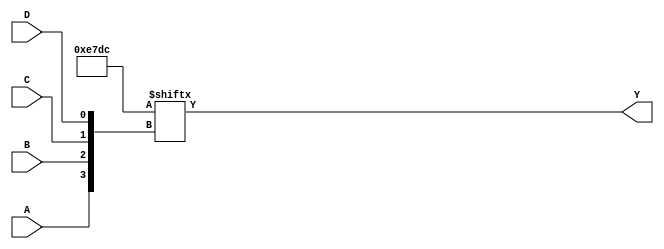
module hybrid_minimization (
    input wire A, // Input variable A
    input wire B, // Input variable B
    input wire C, // Input variable C
    input wire D, // Input variable D
    output wire Y // Output variable Y
);

// Intermediate wires for MUX inputs
wire [15:0] mux_inputs;

// Example truth table mapping (assuming 16 combinations for 4 inputs)
assign mux_inputs[0] = 0;  // A'B'C'D' = 0
assign mux_inputs[1] = 0;  // A'B'C'D = 0
assign mux_inputs[2] = 1;  // A'B'CD' = 1
assign mux_inputs[3] = 1;  // A'B'CD = 1
assign mux_inputs[4] = 1;  // A'BC'D' = 1
assign mux_inputs[5] = 0;  // A'BC'D = 0
assign mux_inputs[6] = 1;  // A'BCD' = 1
assign mux_inputs[7] = 1;  // A'BCD = 1
assign mux_inputs[8] = 1;  // AB'C'D' = 1
assign mux_inputs[9] = 1;  // AB'C'D = 1
assign mux_inputs[10] = 1; // AB'CD' = 1
assign mux_inputs[11] = 0; // AB'CD = 0
assign mux_inputs[12] = 0; // ABC'D' = 0
assign mux_inputs[13] = 1; // ABC'D = 1
assign mux_inputs[14] = 1; // ABCD' = 1
assign mux_inputs[15] = 1; // ABCD = 1

// MUX implementation
// Select line based on input combination (A, B, C, D)
assign Y = mux_inputs[{A, B, C, D}];

endmodule